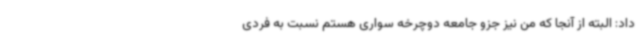
داد: البته از آنجا که من نیز جزو جامعه دوچرخه سواری هستم نسبت به فردی